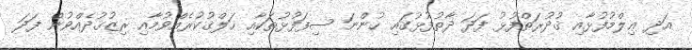
އަދި ޢިލްމުފުޅާއި ޤުދުރަތްފުޅު ފަދަ ޛާތުފުޅުގައި ހުންނަ ސިފަފުޅުތަކާއި ޚަލްޤުކުރެއްވުމާއި ރިޒުޤުދެއްވުން ފަދަ